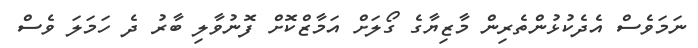
ނަމަވެސް އެދެކުޅުންތެރިން މާޒިޔާގެ ގޯލަށް އަމާޒްކޮށް ފޮނުވާލި ބާރު ދެ ހަމަލަ ވެސް